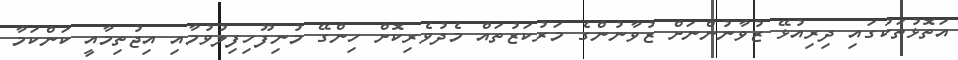
އަތޮޅުތަކުގައި ދިރިއުޅޭ ޒުވާނުންނަށް ޒުވާނުންގެ މަރުކަޒުތައް މެދުވެރިކޮށް ހިންގޭ މުނިފޫހިފިލުވުމާއި އިޖުތިމާއީ ކަންކަމާ